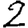
Digit: 2